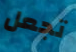
تجعل